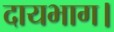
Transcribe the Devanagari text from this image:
दायभाग।